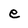
Character: e